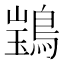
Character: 𫛃